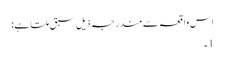
اس واقعہ سے مندرجہ ذیل سبق ملتا ہے:
1۔